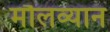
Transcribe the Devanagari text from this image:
मौलव्यान